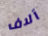
آلاف